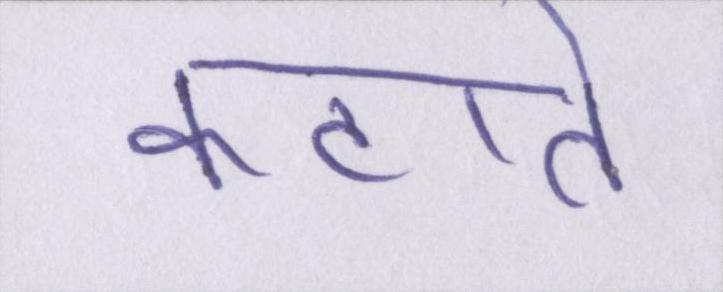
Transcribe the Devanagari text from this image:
कटाते